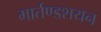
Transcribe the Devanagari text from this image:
मार्तण्डशयन